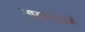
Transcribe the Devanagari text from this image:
सामान्यवर्ग